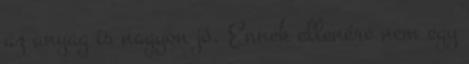
az anyag is nagyon jó. Ennek ellenére nem egy